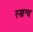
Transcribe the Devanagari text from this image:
स्खन्ध